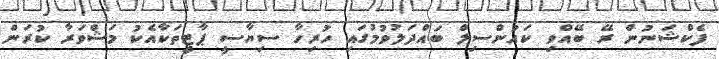
ފެކްޝަނުން ރޭ ބޭއްވި ކައުންސިލް ބައްދަލުވުމުގައި ހުރިހާ ސިޔާސީ ޕާޓީތަކާއެކު މަޝްވަރާ ކުރަން